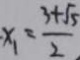
x _ { 1 } = \frac { 3 + \sqrt { 5 } } { 2 }